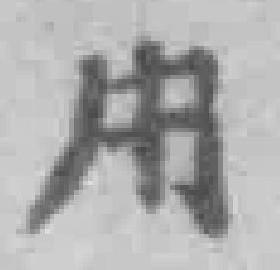
用